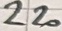
Text: 220